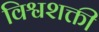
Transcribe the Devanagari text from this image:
विश्वशक्ती